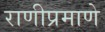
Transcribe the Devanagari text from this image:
राणीप्रमाणे